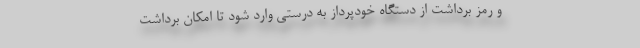
و رمز برداشت از دستگاه خودپرداز به درستی وارد شود تا امکان برداشت